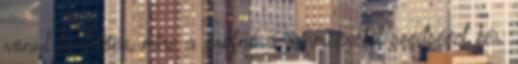
vonul tüntetően, mire a grófnő a vármegyétől segítséget kér.